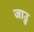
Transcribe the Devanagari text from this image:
जाउु